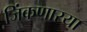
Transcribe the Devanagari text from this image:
जिंकणारया